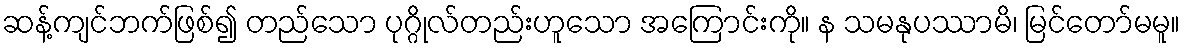
ဆန့်ကျင်ဘက်ဖြစ်၍ တည်သော ပုဂ္ဂိုလ်တည်းဟူသော အကြောင်းကို။ န သမနုပဿာမိ၊ မြင်တော်မမူ။